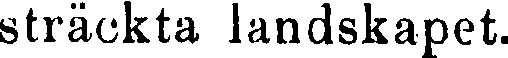
sträckta landskapet.